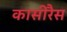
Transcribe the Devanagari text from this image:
कासीरैस